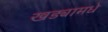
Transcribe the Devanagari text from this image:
खड्यामधे